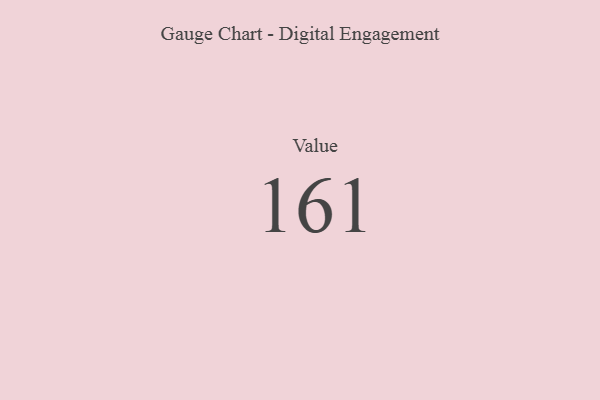
{"axis": {"x": "Metric", "y": "Value"}, "legend": [""], "data": [{"x": "Value", "y": 161, "type": ""}]}